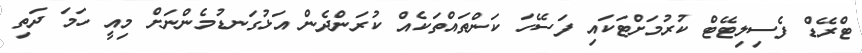
ޓްރޭޑް ފެސިލިޓޭޓް ކުރުމަށްޓަކައި ފަސޭހަ ކަންތައްތަކެއް ކުރަންދެން އަޅުގަނޑުމެންނަށް މިއީ ހަމަ ދަތި